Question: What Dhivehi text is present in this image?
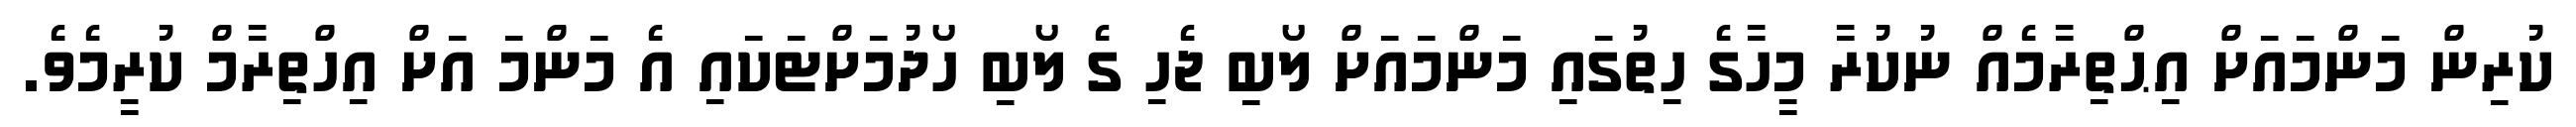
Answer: ކުރިން މަންމައަށް އިޙްތިރާމެއް ނުކުރާ މީހާގެ ހިތުގައި މަންމައަށް ލޯބި ޖެހި ގެ ލޯބި ހޯދުމަށްޓަކައި އެ މަންމަ އަށް އިހްތިރާމް ކުރީމެވެ.